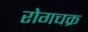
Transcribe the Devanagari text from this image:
रोगचक्र